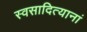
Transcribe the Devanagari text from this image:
स्वसादित्यानां